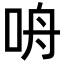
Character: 𪠾